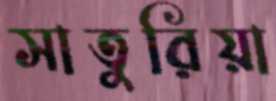
সাতুরিয়া